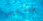
قصتى